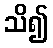
သိ၍